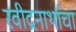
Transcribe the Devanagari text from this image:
रवीद्रनाथांचा